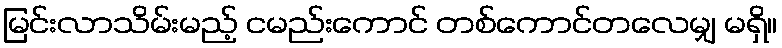
မြင်းလာသိမ်းမည့် ငမည်းကောင် တစ်ကောင်တလေမျှ မရှိ။